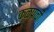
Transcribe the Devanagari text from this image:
कळपाची